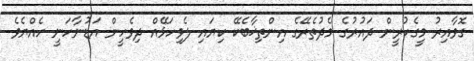
ގޮވާއިރު މީގެކުރީން ދައުރުގެ މެދުތެރޭގެ އިންތިޚާބެކޭ ކިޔައި ލެވިހަޅޭއް ދިވެހީން އަޑުނާހަނީ ހެއްޔެވެ